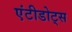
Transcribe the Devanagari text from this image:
एंटीडोट्स